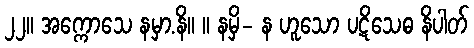
၂၂။ အက္ကောသေ နမှာ.နိ။ ။ နမှိ- န ဟူသော ပဋိသေဓ နိပါတ်